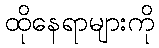
ထိုနေရာများကို